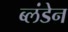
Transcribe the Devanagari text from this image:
ब्लंडेन